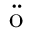
\ddot { \textrm { o } }